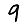
Digit: 9